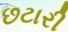
છટારી